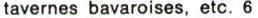
tavernes bavaroises, etc. 6